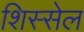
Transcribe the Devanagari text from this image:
शिस्सेल